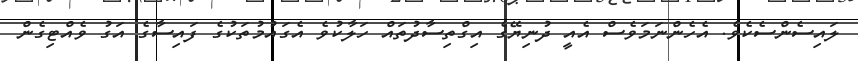
ލައިސެންސެކެވެ. އެހެންނަމަވެސް އެއީ ދުނިޔޭގެ އިގްތިސާދުތައް ހަލާކުވެ އެގައުމުތަކުގެ ފައިސާގެ އަގު ވެއްޓިގެން